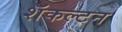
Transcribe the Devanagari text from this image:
शॅकल्टन